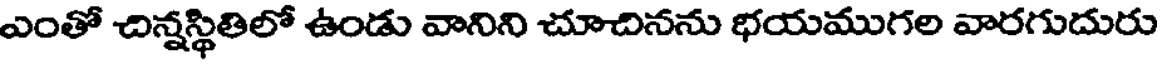
ఎంతో చిన్నస్థితిలో ఉండు వానిని చూచినను భయముగల వారగుదురు